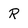
Character: R